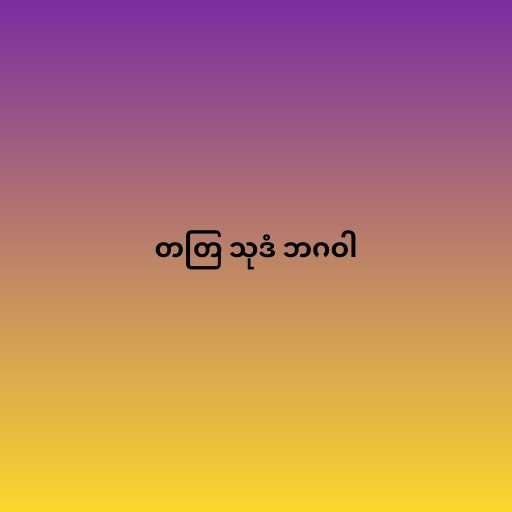
တတြ သုဒံ ဘဂဝါ